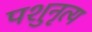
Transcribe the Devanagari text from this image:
पशुनृत्य